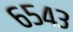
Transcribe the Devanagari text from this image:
६५४३